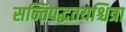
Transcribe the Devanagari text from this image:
सन्तिपद्धतयश्चित्रा